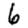
Digit: 6